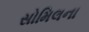
સોમિલના